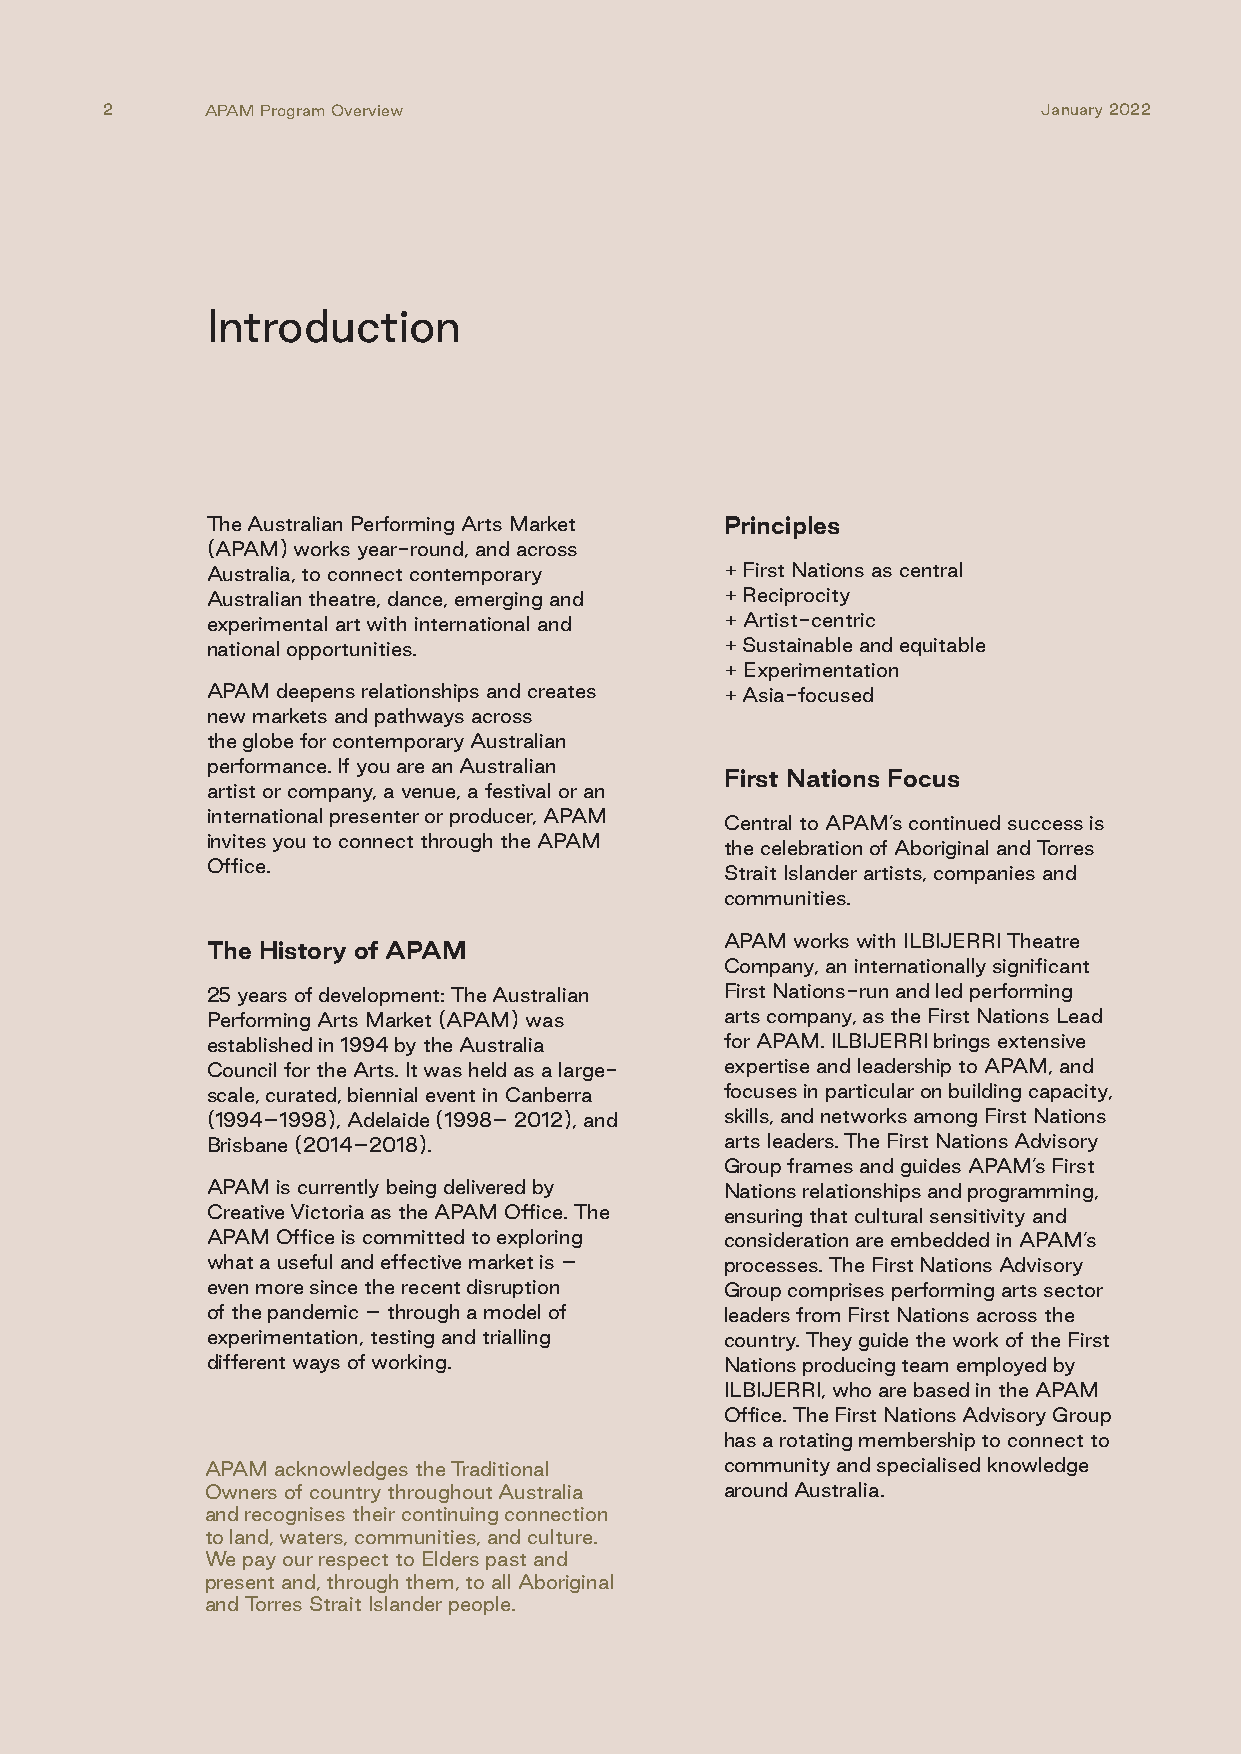
2      APAM Program Overview                                  January 2022
 Introduction
 The Australian Performing Arts Market Principles
 (APAM) works year-round, and across
 Australia, to connect contemporary + First Nations as central
 Australian theatre, dance, emerging and + Reciprocity
 experimental art with international and + Artist-centric
 national opportunities.           + Sustainable and equitable
 + Experimentation
 APAM deepens relationships and creates + Asia-focused
 new markets and pathways across
 the globe for contemporary Australian
 performance. If you are an Australian
 First Nations Focus
 artist or company, a venue, a festival or an
 international presenter or producer, APAM
 Central to APAM’s continued success is
 invites you to connect through the APAM
 the celebration of Aboriginal and Torres
 Office.
 Strait Islander artists, companies and
 communities.
 APAM works with ILBIJERRI Theatre
 The History of APAM
 Company, an internationally significant
 25 years of development: The Australian First Nations-run and led performing
 Performing Arts Market (APAM) was arts company, as the First Nations Lead
 established in 1994 by the Australia for APAM. ILBIJERRI brings extensive
 Council for the Arts. It was held as a large- expertise and leadership to APAM, and
 scale, curated, biennial event in Canberra focuses in particular on building capacity,
 (1994–1998), Adelaide (1998– 2012), and skills, and networks among First Nations
 Brisbane (2014–2018).             arts leaders. The First Nations Advisory
 Group frames and guides APAM’s First
 APAM is currently being delivered by Nations relationships and programming,
 Creative Victoria as the APAM Office. The ensuring that cultural sensitivity and
 APAM Office is committed to exploring consideration are embedded in APAM’s
 what a useful and effective market is – processes. The First Nations Advisory
 even more since the recent disruption Group comprises performing arts sector
 of the pandemic – through a model of leaders from First Nations across the
 experimentation, testing and trialling country. They guide the work of the First
 different ways of working.        Nations producing team employed by
 ILBIJERRI, who are based in the APAM
 Office. The First Nations Advisory Group
 has a rotating membership to connect to
 APAM acknowledges the Traditional community and specialised knowledge
 Owners of country throughout Australia around Australia.
 and recognises their continuing connection
 to land, waters, communities, and culture.
 We pay our respect to Elders past and
 present and, through them, to all Aboriginal
 and Torres Strait Islander people.